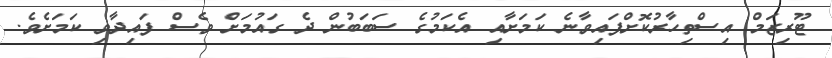
ޓޫރިޒަމް އިސްތިހާރުކޮށްފައިވާނެ ކަމަށާއި އެކަމުގެ ސަބަބުން ދެ ގައުމަށް ވެސް ފައިދާވި ކަަމަށެވެ.